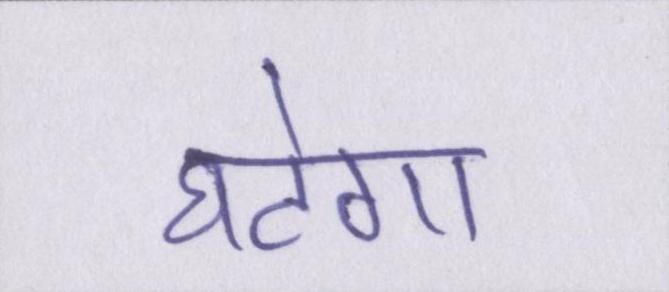
घटेगा